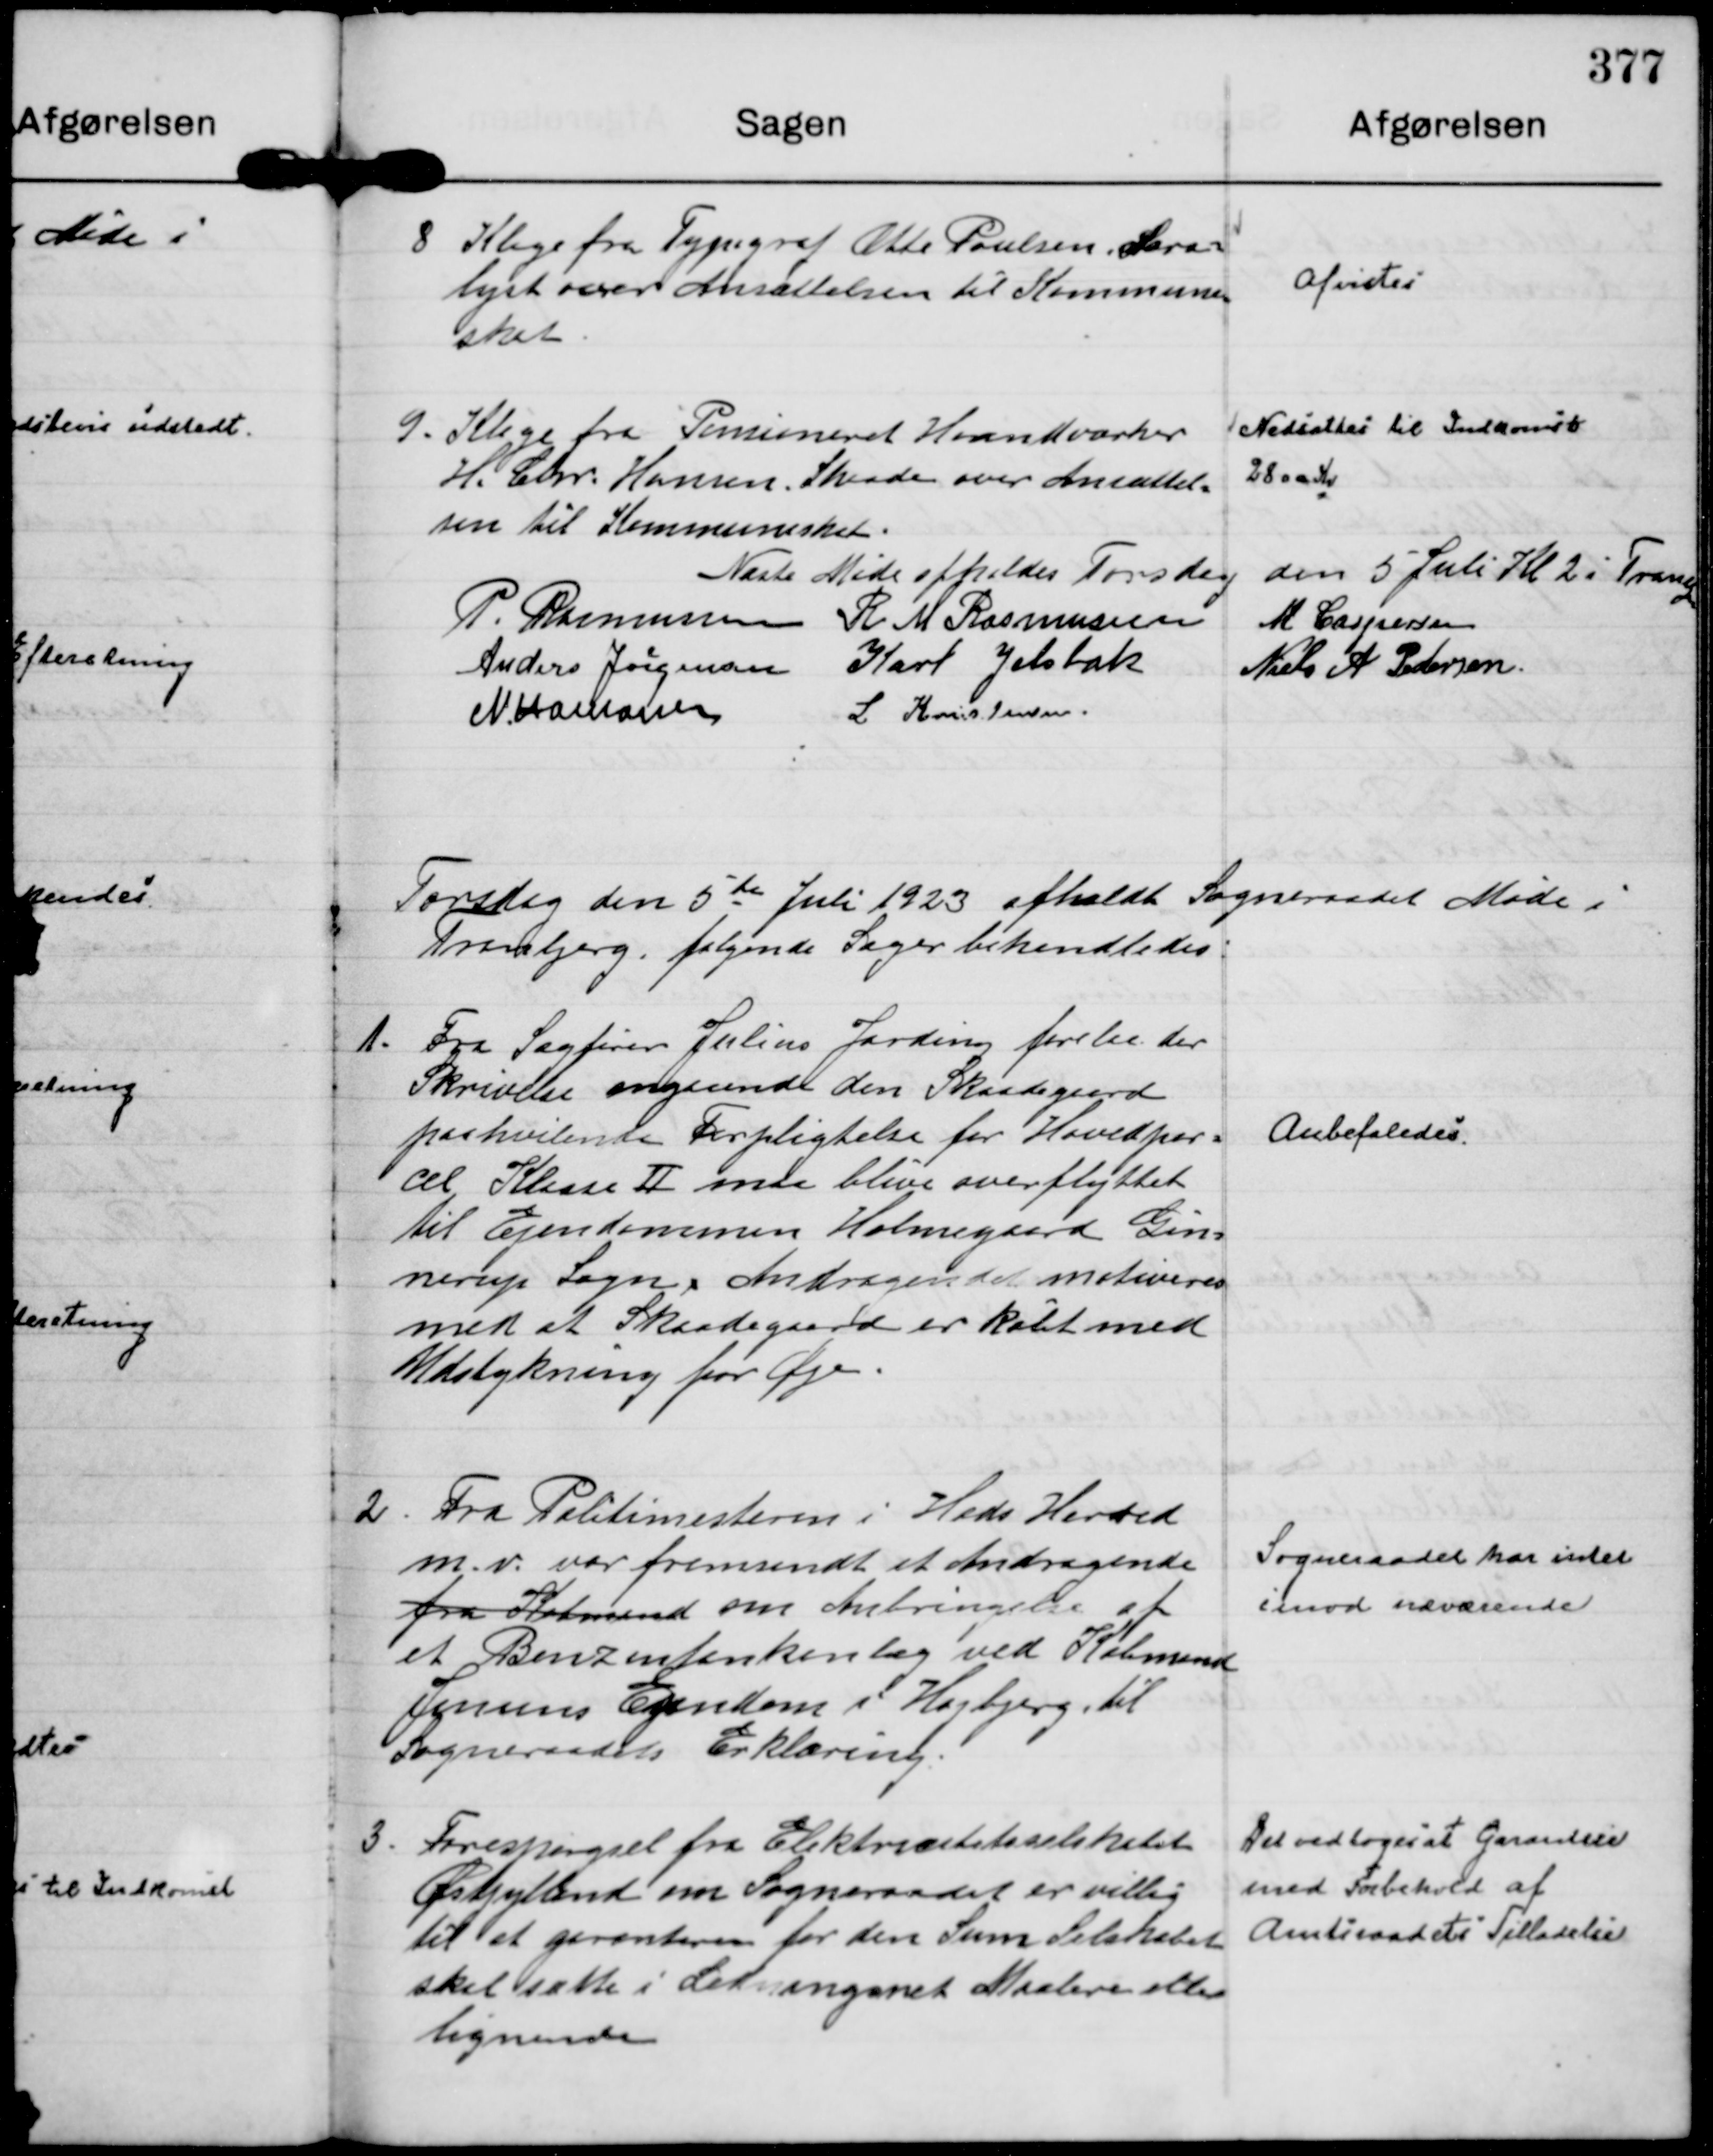
Transskription:
8
Klage fra Typograf Otte Poulsen, Sara=
lyst over Ansættelsen til Kommune= 
skat.

Afvistes

9.
Klage fra Pensioneret Haandværker
H. Chr. Hansen, Skaade over Ansættel=
sen til Kommuneskat.

Nedsættes til Indkomst
2800 Kr

Næste Møde afholdes Torsdag den 5 Juli Kl 2 i Tranber 
P. Rasmussen
R M Rasmussen
M Caspersen
Anders Jørgensen
Karl Jelsbak
Niels A Pedersen.
N. Hamann
L Kristensen.

Torsdag den 5 te Juli 1923 afholdt Sogneraadet Møde i
Tranbjerg, følgende Sager behandledes:

1.
Fra Sagfører Julius Jarding forelaa der
Skrivelse angaaende den Skaadegaard
paahvilende Forpligtelse for Hovedpar=
cel Klasse Ⅱ maa blive overflyttet
til Ejendommen Holmegaard Gin=
nerup Sogn & Andragendet motiveres
med at Skaadegaard er købt med
Udstykning for Øje.

Anbefaledes

2.
Fra Politimesteren i Hads Herred
m. v, var fremsendt et Andragende
fra Købmand om Anbringelse af 
et Benzintankanlæg ved Købmand
Jensens Ejendom i Højbjerg til
Sogneraadets Erklæring.

Sogneraadet har intet
imod næværende

3.
Forespørgsel fra Elektricitetsselskabet
Østjylland om Sogneraadet er villig
til at garanteren for den Sum Selskabet
skal sætte i Ledningsnet Maalere eller
lignende

Det vedtoges at Garantere
med Forbehold af
Amtsraadets Tilladelse